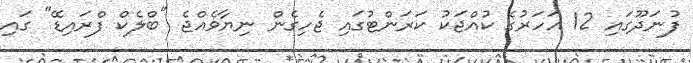
ފުނަދޫގައި 12 އަހަރުގެ ކުއްޖަކު ކަރަންޓުގައި ޖެހިގެން ނިޔާވެއްޖެ "ބްލެކް ފްރައިޑޭ" ގައި